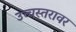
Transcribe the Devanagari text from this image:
उच्चस्तरावर